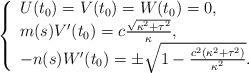
LaTeX: \begin{align*} \left\{\begin{array}{l} {U(t_{0} )=V(t_{0} )=W(t_{0} )=0,} \\ {m(s)V'(t_{0} )=c\frac{\sqrt{\kappa ^{2} +\tau ^{2} } }{\kappa } ,} \\ {-n(s)W'(t_{0} )=\pm \sqrt{1-\frac{c^{2} (\kappa ^{2} +\tau ^{2} )}{\kappa ^{2} } } .} \end{array}\right. \end{align*}